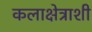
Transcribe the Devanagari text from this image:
कलाक्षेत्राशी